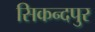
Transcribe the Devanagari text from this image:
सिकन्दपुर